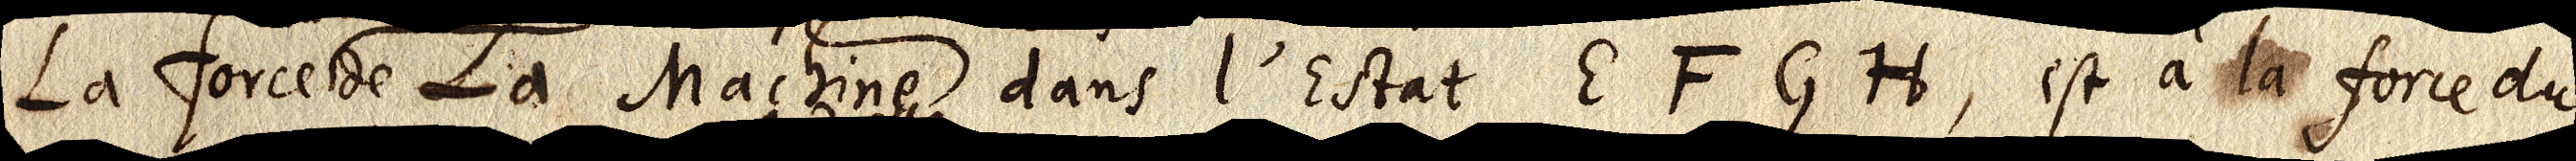
La force La Machine dans l’Estat EFGH, est à la force du